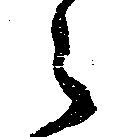
々